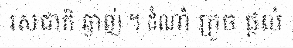
រសជាតិ ឆ្ងាញ់ ។ ដំណាំ ក្រូច ផ្តល់